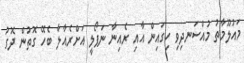
މައުލޫމާތު މުއްސަނދިވި ހިގައިން އާއި ރެއިނާ ނަޕޯލީ އަށްރެއާލާ ބެހޭ ގޮތުން ދޮގު